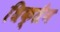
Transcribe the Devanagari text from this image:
धिक्तैन